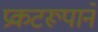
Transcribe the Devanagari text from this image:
प्रकटरूपानें